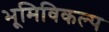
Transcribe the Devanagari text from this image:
भूमिविकल्प